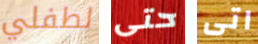
لطفلي حتى اتى